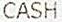
CASH